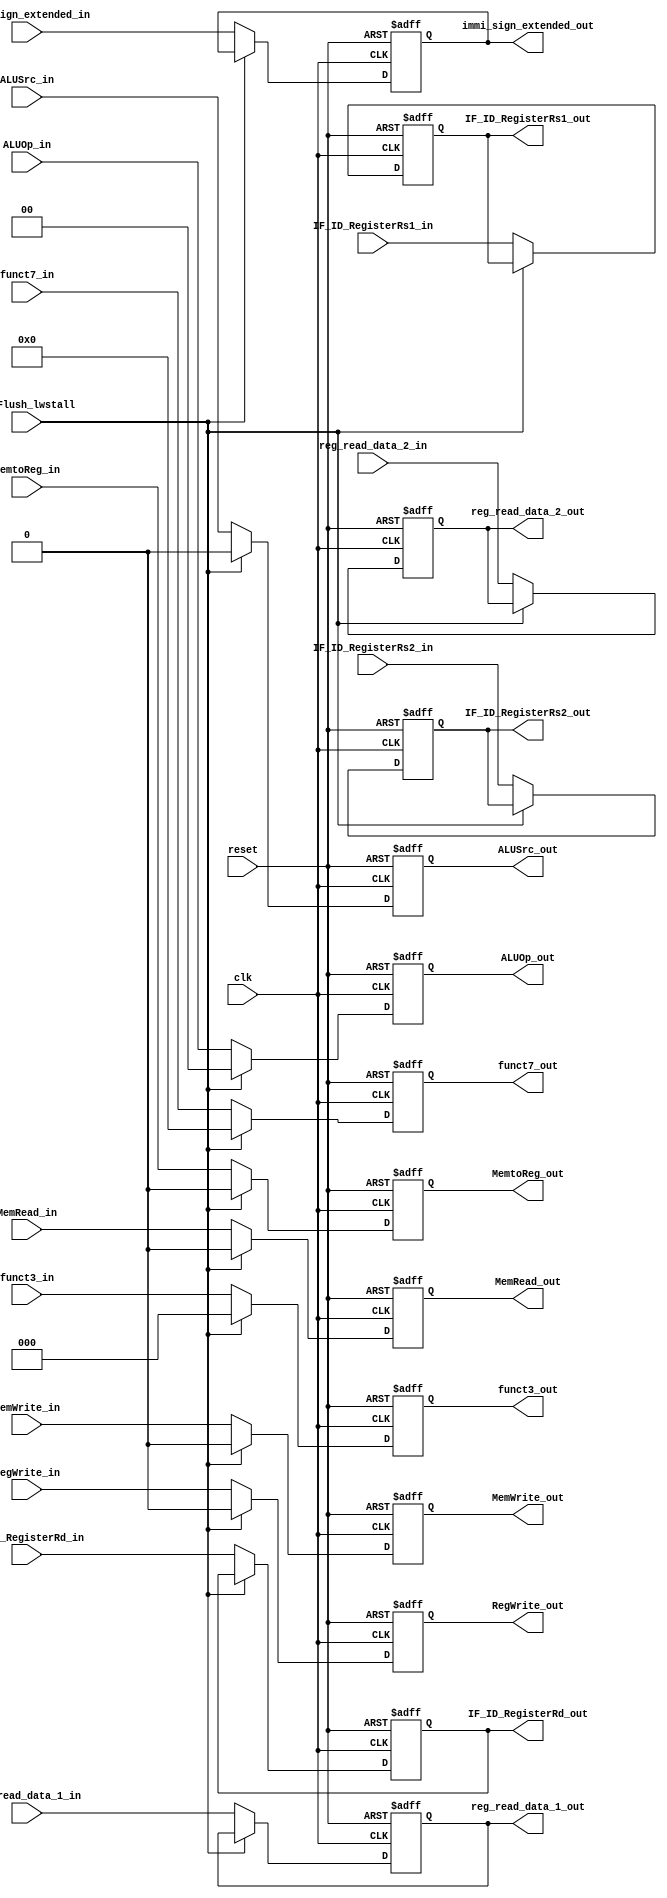
module ID_EX (ID_Flush_lwstall,  RegWrite_in, MemtoReg_in, RegWrite_out, 
	MemtoReg_out, MemRead_in, MemWrite_in, MemRead_out, MemWrite_out, ALUSrc_in, 
	ALUSrc_out, ALUOp_in, ALUOp_out, reg_read_data_1_in, reg_read_data_2_in, 
	immi_sign_extended_in, reg_read_data_1_out, reg_read_data_2_out, immi_sign_extended_out, 
	IF_ID_RegisterRs1_in, IF_ID_RegisterRs2_in, IF_ID_RegisterRd_in, IF_ID_RegisterRs1_out, 
	IF_ID_RegisterRs2_out, IF_ID_RegisterRd_out, funct3_in, funct7_in, funct3_out, funct7_out, clk, reset);
	// 1. hazard control signal (sync rising edge)
	// if either ID_Flush_lwstall or ID_Flush_Branch equals 1,
	// then clear all WB, MEM and EX control signal to 0 on rising edge
	// do not need to clear addr, data or reg content
	input ID_Flush_lwstall;
	// 2. WB control signal
	input RegWrite_in, MemtoReg_in;
	output RegWrite_out, MemtoReg_out;
	// 3. MEM control signal
	input MemRead_in, MemWrite_in;
	output MemRead_out, MemWrite_out;
	// 4. EX control signal
	input /* RegDst_in, */ ALUSrc_in;
	input [1:0] ALUOp_in;
	output /* RegDst_out, */ ALUSrc_out;
	output [1:0] ALUOp_out;
	// 5. addr content
	// input [31:0] PC_in;
	// output [31:0] PC_out;
	// 6. data content
	input [31:0] reg_read_data_1_in, reg_read_data_2_in, immi_sign_extended_in;
	output [31:0] reg_read_data_1_out, reg_read_data_2_out, immi_sign_extended_out;
	// 7. reg content
	input [4:0] IF_ID_RegisterRs1_in, IF_ID_RegisterRs2_in, IF_ID_RegisterRd_in;
	output [4:0] IF_ID_RegisterRs1_out, IF_ID_RegisterRs2_out, IF_ID_RegisterRd_out;
	// input [5:0] IF_ID_funct_in;
	// output [5:0] IF_ID_funct_out;
	// general signal
	// reset: async; set all register content to 0
	// To ALU Control
	input	[2:0]	funct3_in;
	input	[6:0]	funct7_in;
	input clk, reset;
	
	reg RegWrite_out, MemtoReg_out;
	reg Branch_out, MemRead_out, MemWrite_out;
	reg /* RegDst_out, */ ALUSrc_out;
	reg [1:0] ALUOp_out;
	// reg [31:0] PC_out;
	reg [31:0] reg_read_data_1_out, reg_read_data_2_out, immi_sign_extended_out;
	reg [4:0] IF_ID_RegisterRs1_out, IF_ID_RegisterRs2_out, IF_ID_RegisterRd_out;
	reg [5:0] IF_ID_funct_out;
	output reg	[2:0]	funct3_out;
	output reg	[6:0]	funct7_out;
	
	always @(posedge clk or posedge reset)
	begin
		if (reset == 1'b1)
		begin
			RegWrite_out = 1'b0;
			MemtoReg_out = 1'b0;
			// Branch_out = 1'b0;
			MemRead_out = 1'b0;
			MemWrite_out = 1'b0;
			// RegDst_out = 1'b0;
			ALUSrc_out = 1'b0;
			ALUOp_out = 2'b0;
			// PC_out = 32'b0;
			reg_read_data_1_out = 32'b0;
			reg_read_data_2_out = 32'b0;
			immi_sign_extended_out = 32'b0;
			IF_ID_RegisterRs1_out = 5'b0;
			IF_ID_RegisterRs2_out = 5'b0;
			IF_ID_RegisterRd_out = 5'b0;
			// IF_ID_funct_out = 6'b0;
			funct3_out = 3'b0;
			funct7_out = 7'b0;			
		end
		else if (ID_Flush_lwstall == 1'b1)
		begin
			RegWrite_out = 1'b0;
			MemtoReg_out = 1'b0;
			// Branch_out = 1'b0;
			MemRead_out = 1'b0;
			MemWrite_out = 1'b0;
			// RegDst_out = 1'b0;
			ALUSrc_out = 1'b0;
			ALUOp_out = 2'b0;
			funct3_out = 3'b0;
			funct7_out = 7'b0;
		end
/* 		else if (ID_Flush_Branch == 1'b1)
		begin
			RegWrite_out = 1'b0;
			MemtoReg_out = 1'b0;
			// Branch_out = 1'b0;
			MemRead_out = 1'b0;
			MemWrite_out = 1'b0;
			// RegDst_out = 1'b0;
			ALUSrc_out = 1'b0;
			ALUOp_out = 2'b0;
		end */
		else begin
			RegWrite_out = RegWrite_in;
			MemtoReg_out = MemtoReg_in;
			// Branch_out = Branch_in;
			MemRead_out = MemRead_in;
			MemWrite_out = MemWrite_in;
			// RegDst_out = RegDst_in;
			ALUSrc_out = ALUSrc_in;
			ALUOp_out = ALUOp_in;
			// PC_out = PC_in;
			reg_read_data_1_out = reg_read_data_1_in;
			reg_read_data_2_out = reg_read_data_2_in;
			immi_sign_extended_out = immi_sign_extended_in;
			IF_ID_RegisterRs1_out = IF_ID_RegisterRs1_in;
			IF_ID_RegisterRs2_out = IF_ID_RegisterRs2_in;
			IF_ID_RegisterRd_out = IF_ID_RegisterRd_in;
			// IF_ID_funct_out = IF_ID_funct_in;
			funct3_out = funct3_in;
			funct7_out = funct7_in;
		end	
		
	end	
	
endmodule